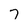
Character: 7